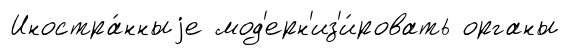
Иностра́нныjе мод'ерн'из'и́ровать органы